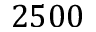
2 5 0 0